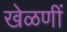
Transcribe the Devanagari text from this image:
खेळणीं